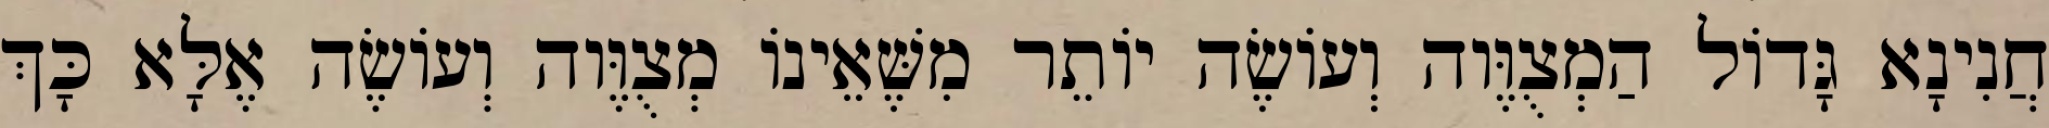
חֲנִינָא גָּדוֹל הַמְצֻוֶּוה וְעוֹשֶׂה יוֹתֵר מִשֶּׁאֵינוֹ מְצֻוֶּוה וְעוֹשֶׂה אֶלָּא כָּךְ